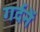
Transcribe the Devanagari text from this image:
गर्दनें